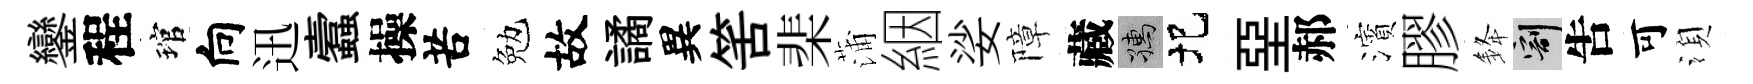
鑾程琯向迅蠧操苦勉故譎異筈棐蒲絪娑障藏孺圯堊郝濱膠𨦟割吿可湏